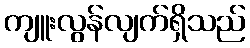
ကျူးလွန်လျက်ရှိသည်